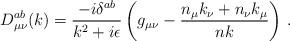
LaTeX: \begin{align*}D^{ab}_{\mu \nu} (k)= {-i \delta^{ab}\over k^2 + i \epsilon} \left( g_{\mu \nu}- {n_\mu k_\nu + n_\nu k_\mu\over nk}\right)\, . \end{align*}